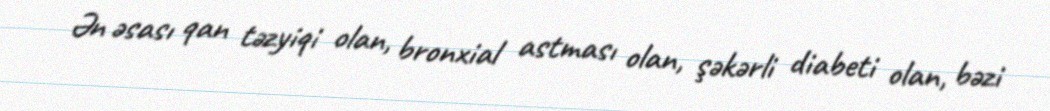
Ən əsası qan təzyiqi olan, bronxial astması olan, şəkərli diabeti olan, bəzi